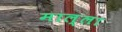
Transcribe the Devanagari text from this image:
माल्ला